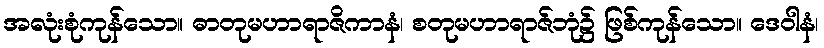
အလုံးစုံကုန်သော။ ဓာတုမဟာရာဇိကာနံ၊ စတုမဟာရာဇ်ဘုံ၌ ဖြစ်ကုန်သော။ ဒေဝါနံ၊